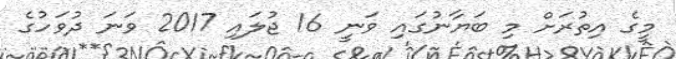
މީގެ އިތުރަށް މި ބަޔާނުގައި ވަނީ 16 ޖުލައި 2017 ވަނަ ދުވަހުގެ